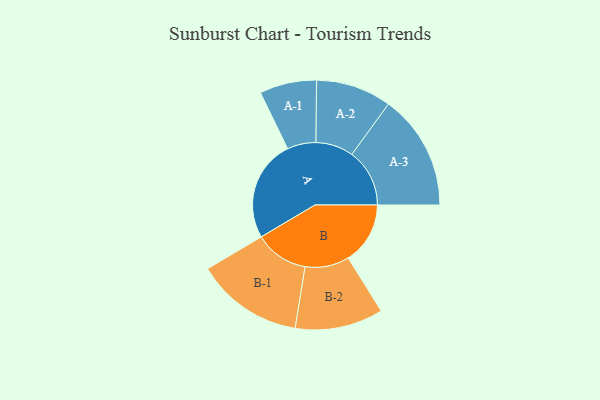
{"axis": {"x": "Segment", "y": "Value"}, "legend": ["", "A", "B"], "data": [{"x": "A", "y": 451, "type": ""}, {"x": "B", "y": 276, "type": ""}, {"x": "A-1", "y": 127, "type": "A"}, {"x": "A-2", "y": 168, "type": "A"}, {"x": "A-3", "y": 257, "type": "A"}, {"x": "B-1", "y": 239, "type": "B"}, {"x": "B-2", "y": 196, "type": "B"}]}